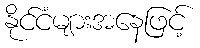
နိုင်ငံများအနေဖြင့်